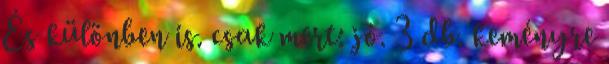
És különben is. csak mert: jó. 3 db. keményre